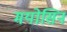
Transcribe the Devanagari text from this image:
मयोसिन